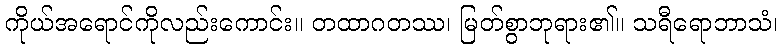
ကိုယ်အရောင်ကိုလည်းကောင်း။ တထာဂတဿ၊ မြတ်စွာဘုရား၏။ သရီရောဘာသံ၊